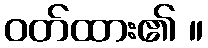
ဝတ်ထား၏ ။